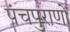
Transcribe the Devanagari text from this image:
पंचपुराणों